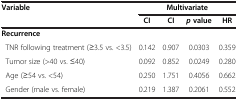
<table><thead><tr><td><b>Variable</b></td><td colspan="4"><b>Multivariate</b></td></tr><tr><td><b> </b></td><td><b>CI</b></td><td><b>CI</b></td><td><b><i>p</i>value</b></td><td><b>HR</b></td></tr></thead><tbody><tr><td colspan="5"><b>Recurrence</b></td></tr><tr><td> TNR following treatment (≥3.5 vs. &lt;3.5)</td><td>0.142</td><td>0.907</td><td>0.0303</td><td>0.359</td></tr><tr><td> Tumor size (&gt;40 vs. ≤40)</td><td>0.092</td><td>0.852</td><td>0.0249</td><td>0.280</td></tr><tr><td> Age (≥54 vs. &lt;54)</td><td>0.250</td><td>1.751</td><td>0.4056</td><td>0.662</td></tr><tr><td> Gender (male vs. female)</td><td>0.219</td><td>1.387</td><td>0.2061</td><td>0.552</td></tr></tbody></table>